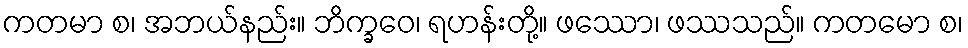
ကတမာ စ၊ အဘယ်နည်း။ ဘိက္ခဝေ၊ ရဟန်းတို့။ ဖဿော၊ ဖဿသည်။ ကတမော စ၊